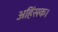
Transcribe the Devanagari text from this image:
अहिंसक।